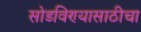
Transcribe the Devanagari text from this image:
सोडविण्यासाठीचा